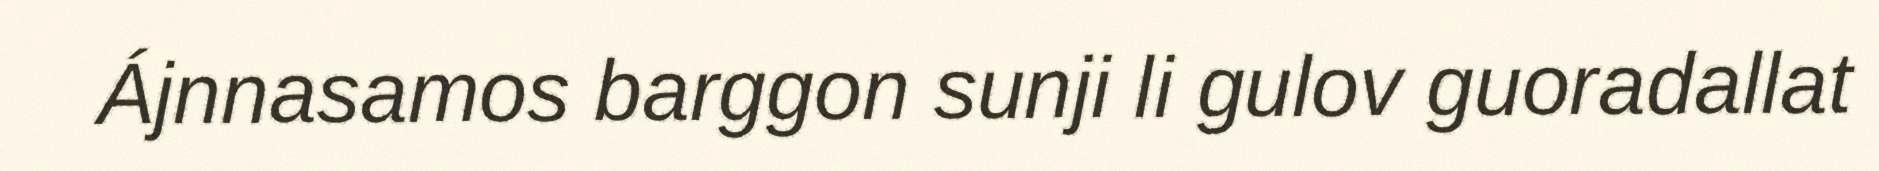
Ájnnasamos barggon sunji li gulov guoradallat